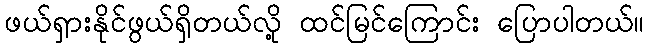
ဖယ်ရှားနိုင်ဖွယ်ရှိတယ်လို့ ထင်မြင်ကြောင်း ပြောပါတယ်။